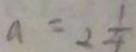
a = 2 \frac { 1 } { 4 }